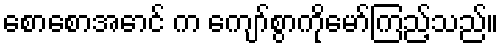
စောစောအောင် က ကျော်စွာကိုမော်ကြည့်သည်။